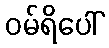
ဝမ်ရိပေါ်